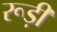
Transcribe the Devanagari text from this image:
रूड़ी